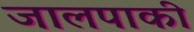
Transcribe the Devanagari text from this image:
जालपाकी